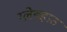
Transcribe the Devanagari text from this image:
ग्लेडहाउ